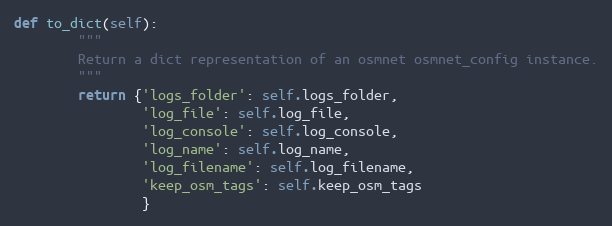
Language: Python
def to_dict(self):
        """
        Return a dict representation of an osmnet osmnet_config instance.
        """
        return {'logs_folder': self.logs_folder,
                'log_file': self.log_file,
                'log_console': self.log_console,
                'log_name': self.log_name,
                'log_filename': self.log_filename,
                'keep_osm_tags': self.keep_osm_tags
                }